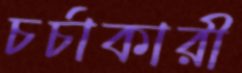
চর্চাকারী